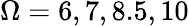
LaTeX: \Omega=6,7,8.5,10